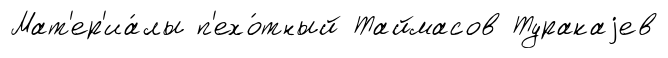
Мат'ер'иа́лы п'ехо́тный Таймасов Туракаjев